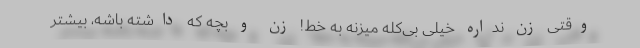
وقتی زن نداره خیلی بی‌کلّه میزنه به خط! زن و بچه که داشته باشه، بیشتر